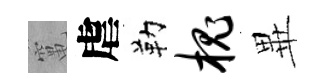
𥧄虐勒槐𭺾